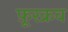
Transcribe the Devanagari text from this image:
फ़ूरक्रव